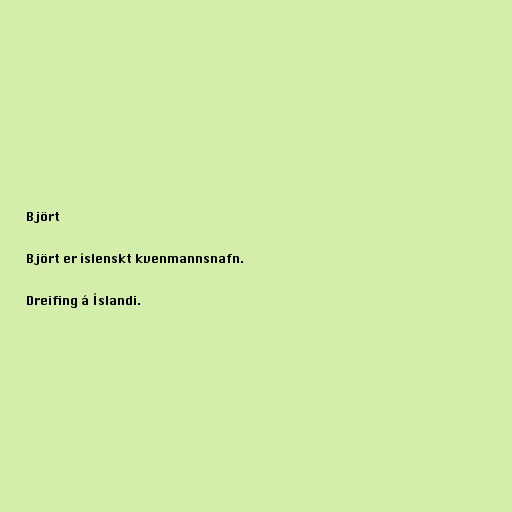
Björt

Björt er íslenskt kvenmannsnafn.

Dreifing á Íslandi.